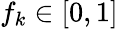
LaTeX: f_{k}\in[0,1]